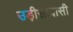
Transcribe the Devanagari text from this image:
उड़ीसावासी